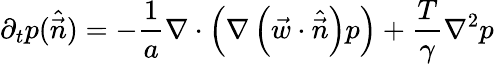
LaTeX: \partial_{t}p(\hat{\vec{n}})=-\frac{1}{a}\nabla\cdot\left(\nabla\left(\vec{w}\cdot\hat{\vec{n}}\right)p\right)+\frac{T}{\gamma}\nabla^{2}p